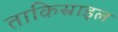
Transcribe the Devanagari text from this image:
ताकिस्राइल